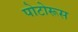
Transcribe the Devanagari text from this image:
पोटोरूस